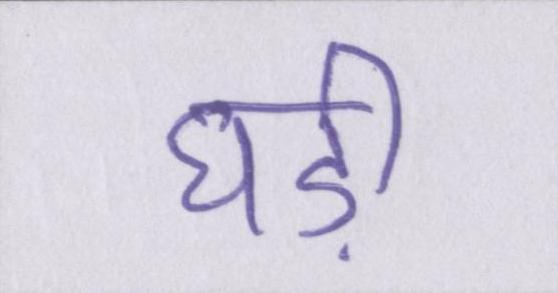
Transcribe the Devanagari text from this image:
घड़ी